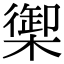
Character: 𬄧